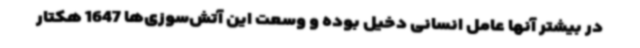
در بیشتر آنها عامل انسانی دخیل بوده و وسعت این آتش‌سوزی‌ها 1647 هکتار